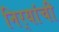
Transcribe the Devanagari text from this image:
निर्‍यांची